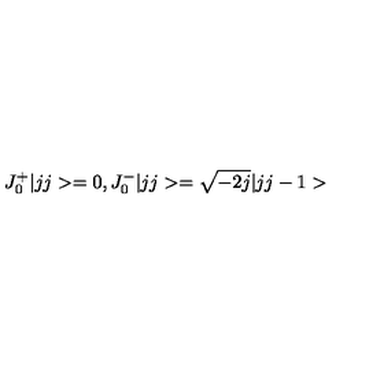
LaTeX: J _ { 0 } ^ { + } | j j > = 0 , J _ { 0 } ^ { - } | j j > = \sqrt { - 2 j } | j j - 1 >